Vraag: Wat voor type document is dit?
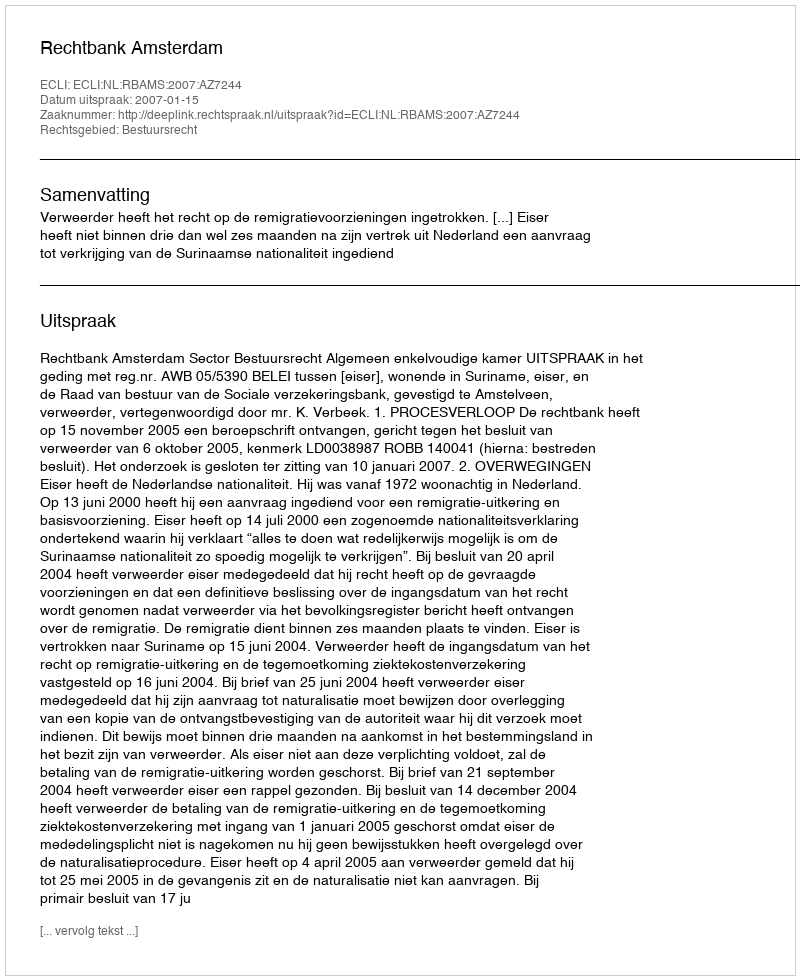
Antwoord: Uitspraak